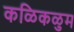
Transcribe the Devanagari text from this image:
कळिकळुम